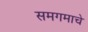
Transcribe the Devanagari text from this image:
समगमाचे